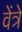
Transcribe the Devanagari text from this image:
वेंत्रे